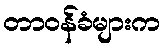
တာဝန်ခံများက